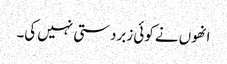
انھوں نے کوئی زبردستی نہیں کی۔